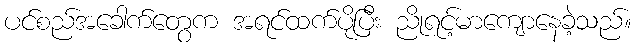
ပင်စည်အခေါက်တွေက အရင်ထက်ပိုပြီး ညိုရင့်မာကျောနေခဲ့သည်။